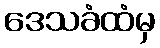
ဒေသခံထံမှ